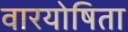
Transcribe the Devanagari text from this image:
वारयोषिता